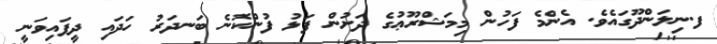
ފ.ނިލަންދޫގައެވެ. އެންމެ ފަހުން މިމަޝްރޫޢުގެ ދަށުން ފަޅު ފުންކޮނެ ބަނދަރު ހަދައި ދީފައިވަނީ